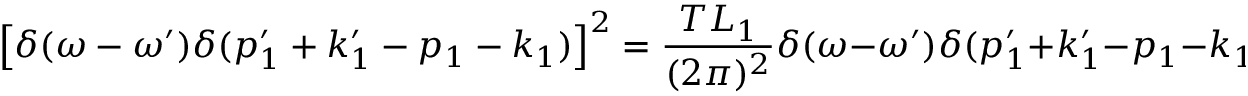
\left[ \delta ( \omega - \omega ^ { \prime } ) \delta ( p _ { 1 } ^ { \prime } + k _ { 1 } ^ { \prime } - p _ { 1 } - k _ { 1 } ) \right] ^ { 2 } = { \frac { T L _ { 1 } } { ( 2 \pi ) ^ { 2 } } } \delta ( \omega - \omega ^ { \prime } ) \delta ( p _ { 1 } ^ { \prime } + k _ { 1 } ^ { \prime } - p _ { 1 } - k _ { 1 } )